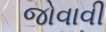
જોવાવી